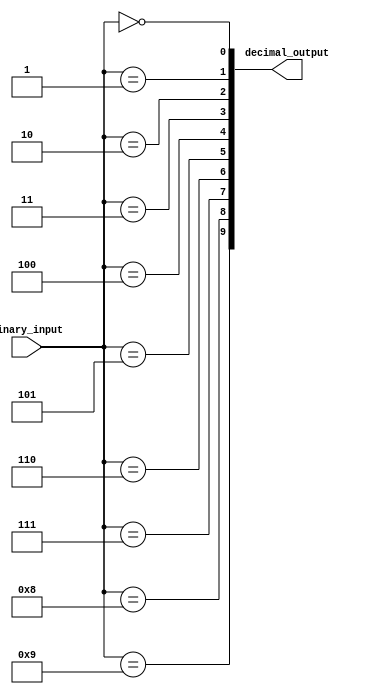
module bcd_decoder (
    input [3:0] binary_input,
    output [9:0] decimal_output
);

assign decimal_output[0] = (binary_input == 4'b0000);
assign decimal_output[1] = (binary_input == 4'b0001);
assign decimal_output[2] = (binary_input == 4'b0010);
assign decimal_output[3] = (binary_input == 4'b0011);
assign decimal_output[4] = (binary_input == 4'b0100);
assign decimal_output[5] = (binary_input == 4'b0101);
assign decimal_output[6] = (binary_input == 4'b0110);
assign decimal_output[7] = (binary_input == 4'b0111);
assign decimal_output[8] = (binary_input == 4'b1000);
assign decimal_output[9] = (binary_input == 4'b1001);

endmodule